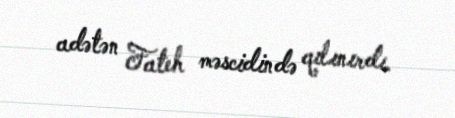
adətən Fateh məscidində qılınırdı.